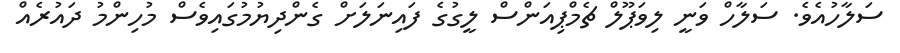
ސަލާހުއެވެ. ސަލާހް ވަނީ ލިވަޕޫލް ޗެމްޕިއަންސް ލީގުގެ ފައިނަލަށް ގެންދިޔުމުގައިވެސް މުހިންމު ދައުރެއް